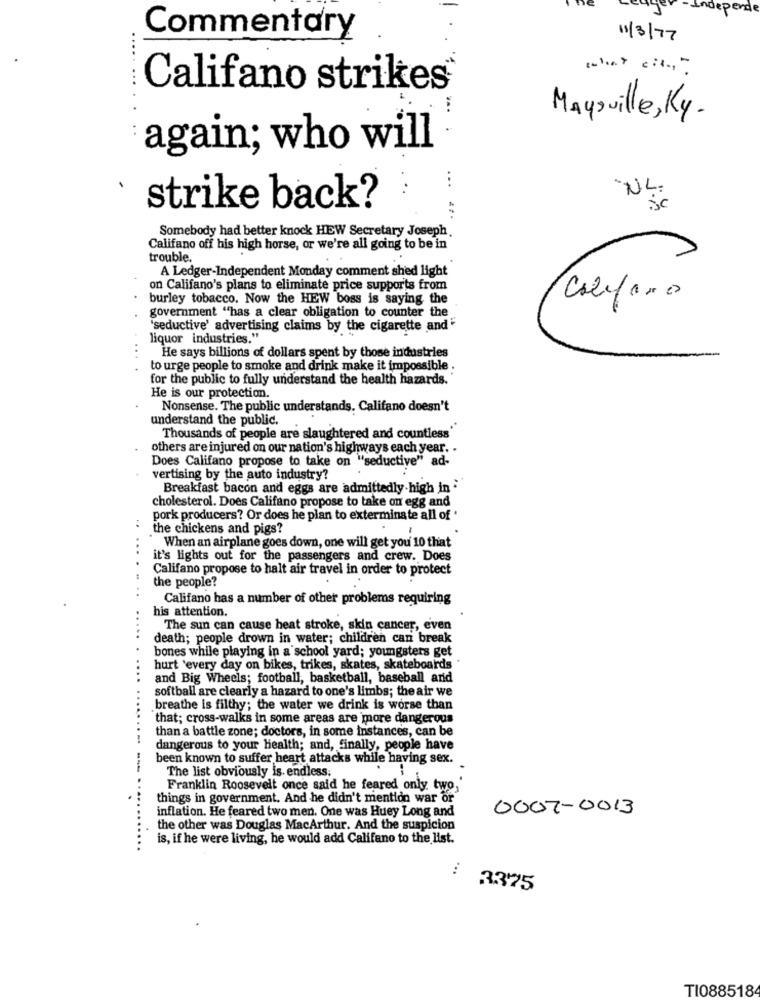
dep
Commentary
11/3/77
Califano strikes
Maysville, Ky.
again; who will
...
`NL:
.
strike back?
Sc
Somebody had better knock HEW Secretary Joseph.
Califano off his high horse, or we're all going to be in
trouble.
A Ledger-Independent Monday comment shed light
on Califano's plans to eliminate price supports from
burley tobacco. Now the HEW boss is saying the
Califano
government "has a clear obligation to counter the
"seductive' advertising claims by the cigarette and
liquor industries."
He says billions of dollars spent by those industries
to urge people to smoke and drink make it impossible .
for the public to fully understand the health hazards."
He is our protection.
Nonsense. The public understands, Califano doesn't
understand the public.
Thousands of people are slaughtered and countless"
others are injured on our nation's highways each year. .
Does Califano propose to take on "seductive" ad-
vertising by the auto industry?
Breakfast bacon and eggs are admittedly-high in
cholesterol. Does Califano propose to take on egg and
pork producers? Or does he plan to exterminate all of'
..
the chickens and pigs?
-
When an airplane goes down, one will get you 10 that
it's lights out for the passengers and crew. Does
Califano propose to halt air travel in order to protect
the people?
......
Califano has a number of other problems requiring
his attention.
..
The sun can cause heat stroke, skin cancer, even
death; people drown in water; children can break
bones while playing in a school yard; youngsters get
hurt 'every day on bikes, trikes, skates, skateboards
......
and Big Wheels; football, basketball, baseball and
softball are clearly a hazard to one's limbs; the air we
breathe is filthy; the water we drink is worse than
that; cross-walks in some areas are more dangerous
than a battle zone; doctors, in some instances, can be
dangerous to your health; and, finally, people have
been known to suffer heart attacks while having sex.
--
The list obviously is. endless.
Franklin Roosevelt once said he feared only two,'
things in government. And he didn't mention war or
inflation. He feared two men. One was Huey Long and
0007-0013
the other was Douglas MacArthur. And the suspicion
is, if he were living, he would add Califano to the list.
33'25
TI088518